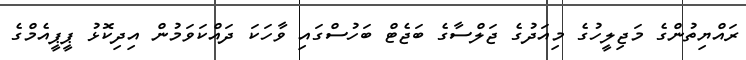
ރައްޔިތުންގެ މަޖިލީހުގެ މިއަދުގެ ޖަލްސާގެ ބަޖެޓް ބަހުސްގައި ވާހަކަ ދައްކަވަމުން އިދިކޮޅު ޕީޕީއެމްގެ